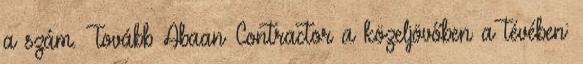
a szám. Tovább Abaan Contractor a közeljövőben a tévében: